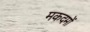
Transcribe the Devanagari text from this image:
मकदमों